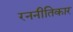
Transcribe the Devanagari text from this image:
रननीतिकार